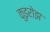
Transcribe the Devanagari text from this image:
कुइरोझ